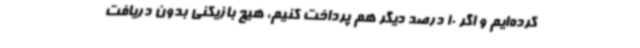
کرده‌ایم و اگر 10 درصد دیگر هم پرداخت کنیم، هیچ بازیکنی بدون دریافت